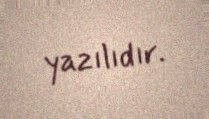
yazılıdır.